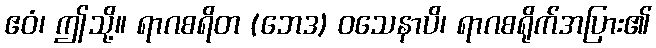
ဧဝံ၊ ဤသို့။ ရာဂစရိတ (ဘေဒ) ဝသေနာပိ၊ ရာဂစရိုက်အပြား၏